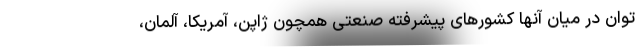
توان در میان آنها کشورهای پیشرفته صنعتی همچون ژاپن، آمریکا، آلمان،